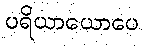
ပရိယာယောပေ